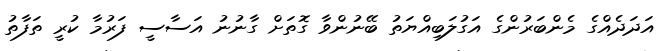
އަދަދެއްގެ މެންބަރުންގެ އަގުލަބިއްޔަތު ބޭނުންވާ ގޮތަށް ގާނުނު އަސާސީ ފަރުމާ ކުރީ ތަފާތު